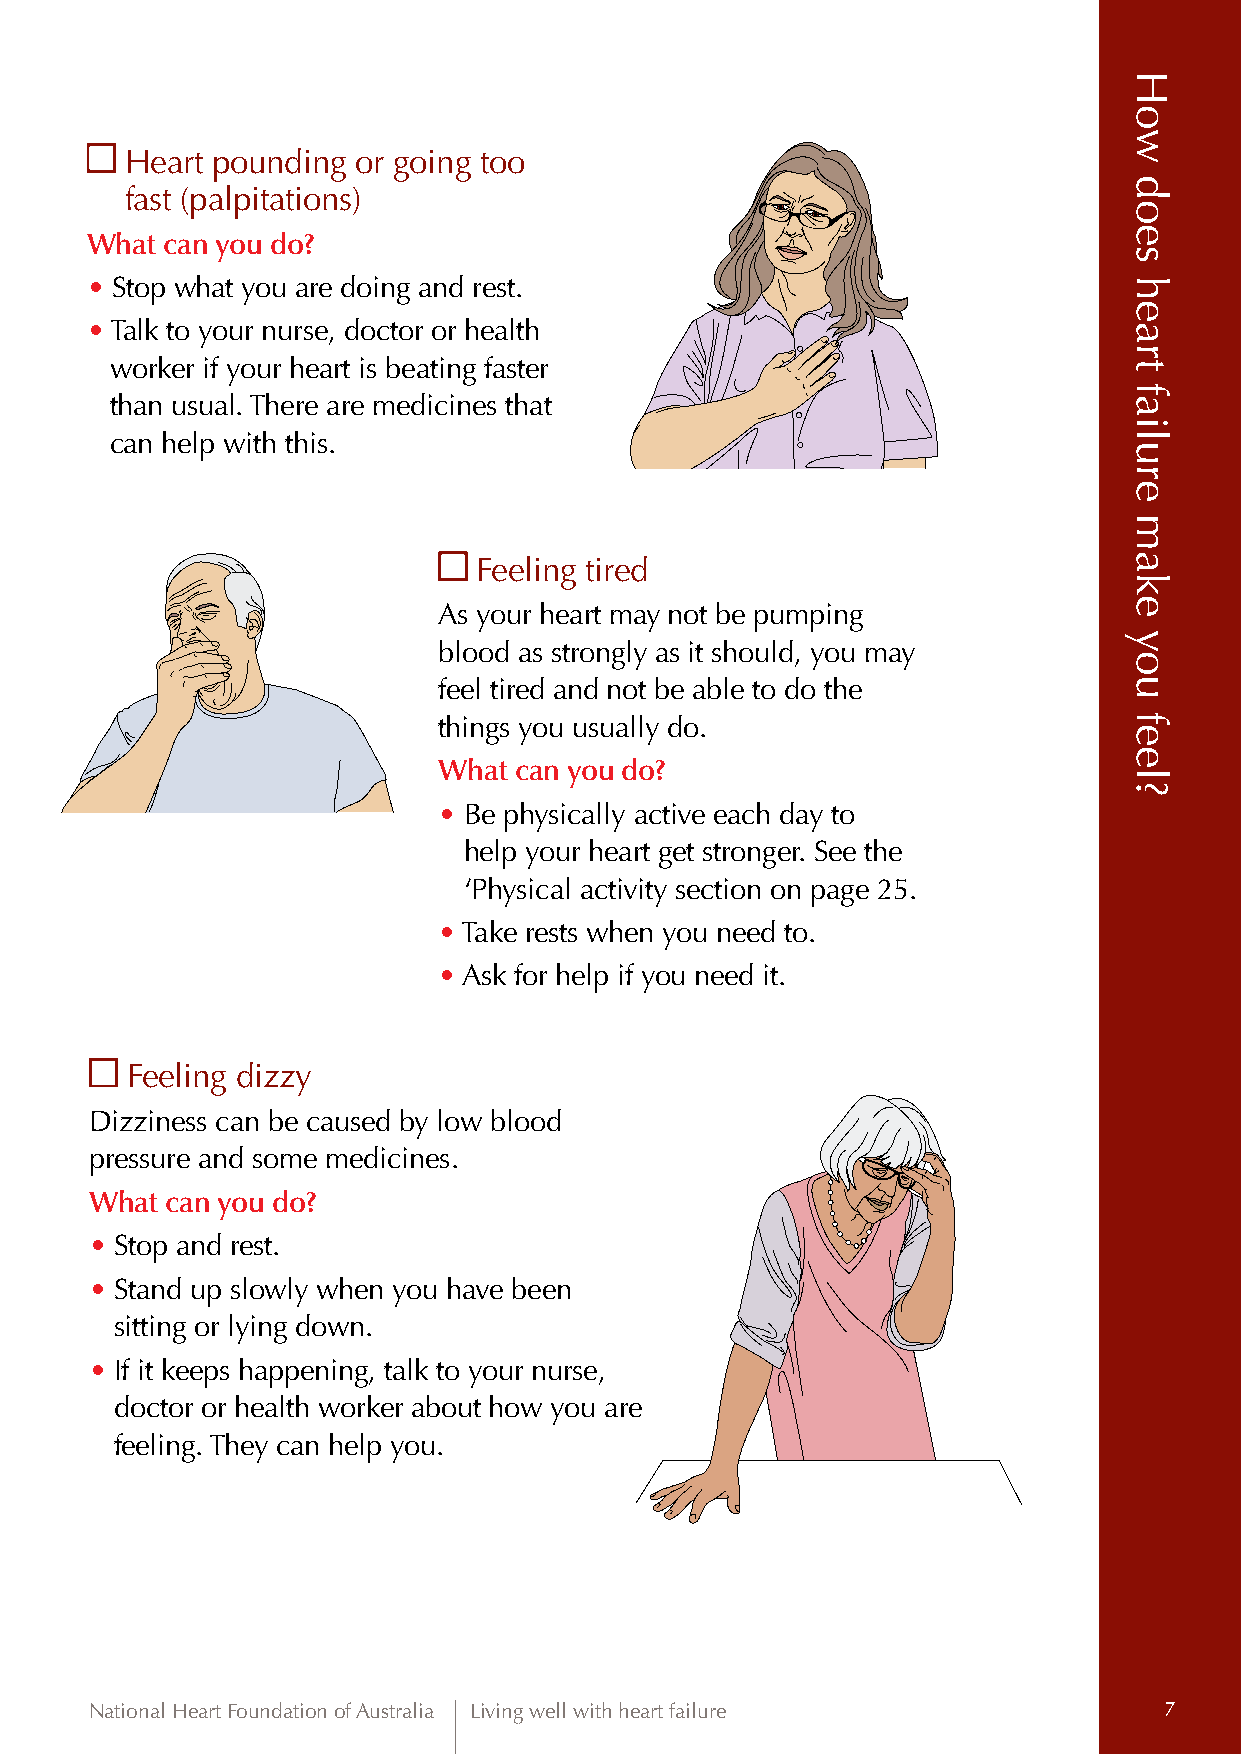
Which of these things do you H eart pounding or going too
 fast (palpitations)
 worry about or notice the most?
 What can you do?
 • Stop what you are doing and rest.
 • Talk to your nurse, doctor or health
 worker if your heart is beating faster
 than usual. There are medicines that
 can help with this.
 Feeling tired
 As your heart may not be pumping
 blood as strongly as it should, you may
 feel tired and not be able to do the
 things you usually do.
 What can you do?
 • Be physically active each day to
 help your heart get stronger. See the
 ‘Physical activity section on page 25.
 • Take rests when you need to.
 • Ask for help if you need it.
 Feeling dizzy
 Dizziness can be caused by low blood
 pressure and some medicines.
 What can you do?
 • Stop and rest.
 • Stand up slowly when you have been
 sitting or lying down.
 • If it keeps happening, talk to your nurse,
 doctor or health worker about how you are
 feeling. They can help you.
 National Heart Foundation of Australia Living well with heart failure  7
 How
 does
 heart
 failure
 make
 you
 feel?